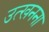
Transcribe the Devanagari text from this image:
उत्खनना